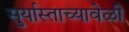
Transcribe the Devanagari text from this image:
सुर्यास्ताच्यावेळी